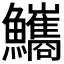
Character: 𩽨